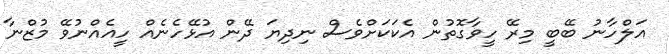
އަލްހާނު ބޭބީ މިރޭ ހީވާގޮތުން އެކަކަށްވެސް ނިދިޔަ ދޭން އުޅޭހެނެއް ހީއެއްނުވޭ މުޒްނާ